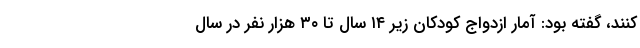
کنند، گفته بود: آمار ازدواج کودکان زیر ۱۴ سال تا ۳۰ هزار نفر در سال